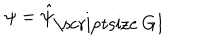
\psi = \hat { \psi } _ { \mathrm { \scriptsize ~ G I } }